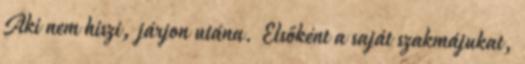
Aki nem hiszi, járjon utána. Elsőként a saját szakmájukat,